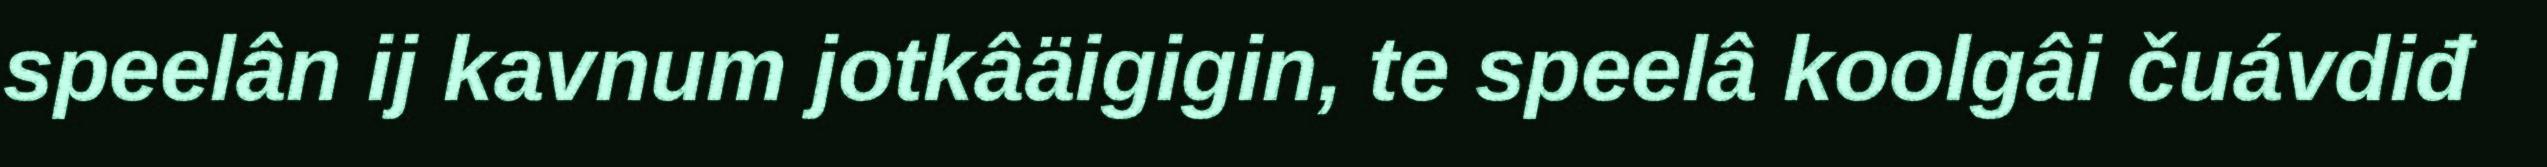
speelân ij kavnum jotkâäigigin, te speelâ koolgâi čuávdiđ